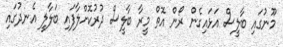
މޫނުގައި ބާލީސް އަޅައިގެން ރޯން އޮތް މީރާ ބާލީސް ދުރުކޮށްލާފައި ބަލާލީ އެނދުގައި